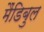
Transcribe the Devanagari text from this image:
मैंडिबुल